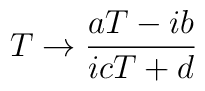
T \rightarrow \frac{aT-ib}{icT+d} \nonumber